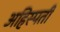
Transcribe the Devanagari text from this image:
अहिस्पती